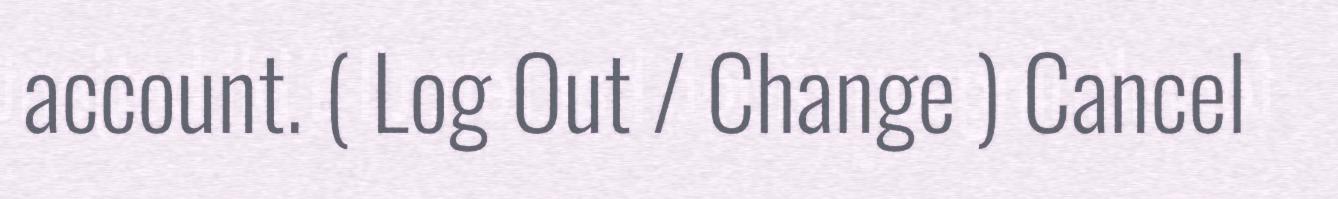
account. ( Log Out / Change ) Cancel